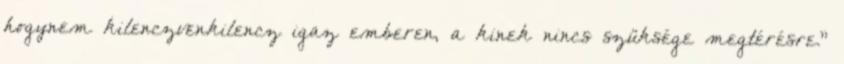
hogynem kilenczvenkilencz igaz emberen, a kinek nincs szüksége megtérésre."